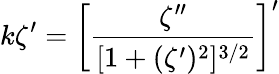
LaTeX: k\zeta^{\prime}=\left[\frac{\zeta^{\prime\prime}}{[1+(\zeta^{\prime})^{2}]^{3/2}}\right]^{\prime}